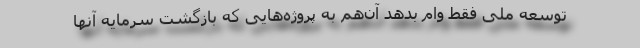
توسعه ملی فقط وام بدهد آن‌هم به پروژه‌هایی كه بازگشت سرمایه آنها